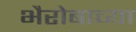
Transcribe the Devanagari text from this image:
भैरोबाच्या